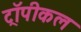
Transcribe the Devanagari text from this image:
ट्रॉपीकल